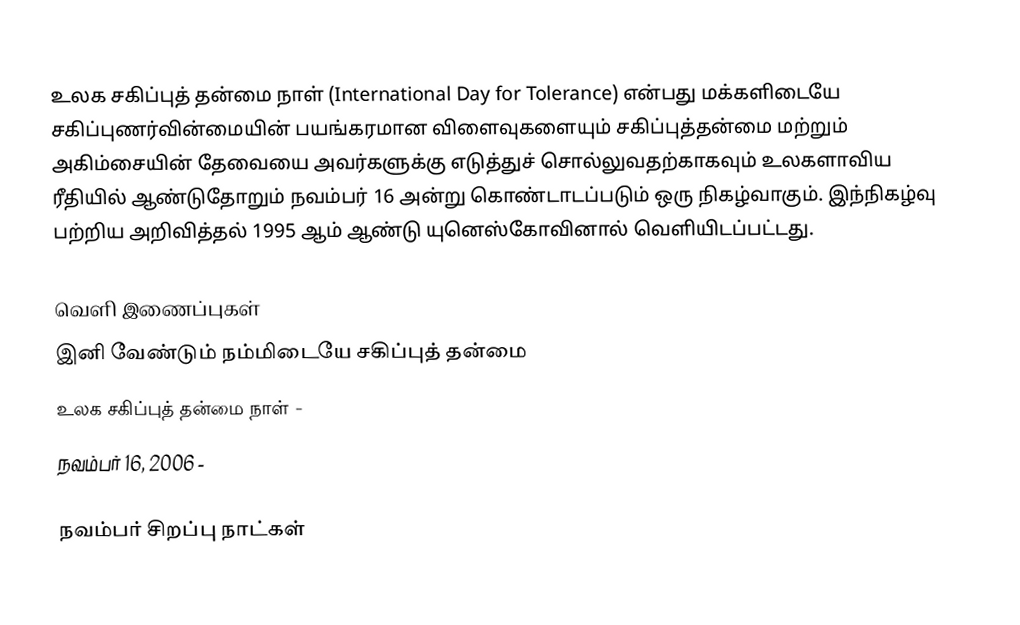
உலக சகிப்புத் தன்மை நாள் (International Day for Tolerance) என்பது மக்களிடையே சகிப்புணர்வின்மையின் பயங்கரமான விளைவுகளையும் சகிப்புத்தன்மை மற்றும் அகிம்சையின் தேவையை அவர்களுக்கு எடுத்துச் சொல்லுவதற்காகவும் உலகளாவிய ரீதியில் ஆண்டுதோறும் நவம்பர் 16 அன்று கொண்டாடப்படும் ஒரு நிகழ்வாகும். இந்நிகழ்வு பற்றிய அறிவித்தல் 1995 ஆம் ஆண்டு யுனெஸ்கோவினால் வெளியிடப்பட்டது.

வெளி இணைப்புகள்
 இனி வேண்டும் நம்மிடையே சகிப்புத் தன்மை
 உலக சகிப்புத் தன்மை நாள் -
 நவம்பர் 16, 2006  -

நவம்பர் சிறப்பு நாட்கள்